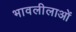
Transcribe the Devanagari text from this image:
भावलीलाओं